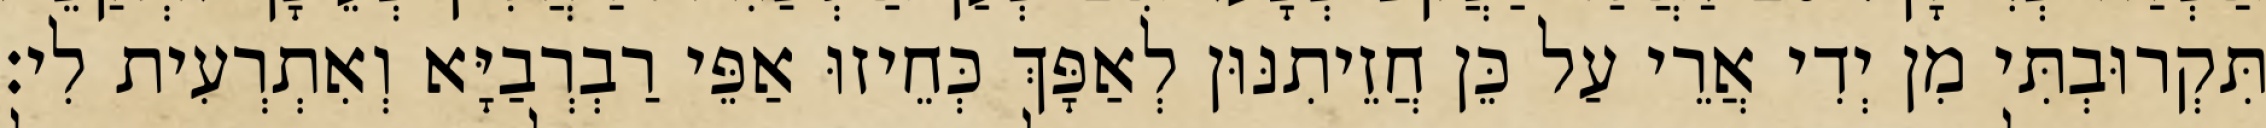
תִּקְרוּבְתִּי מִן יְדִי אֲרֵי עַל כֵּן חֲזֵיתִנּוּן לְאַפָּךְ כְּחֵיזוּ אַפֵּי רַבְרְבַיָּא וְאִתְרְעִית לִי׃